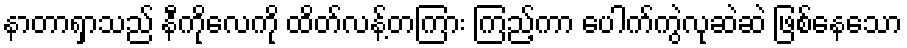
နာတာရှာသည် နီကိုလေကို ထိတ်လန့်တကြား ကြည့်ကာ ပေါက်ကွဲလုဆဲဆဲ ဖြစ်နေသော